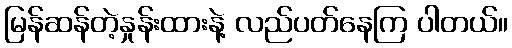
မြန်ဆန်တဲ့နှုန်းထားနဲ့ လည်ပတ်နေကြ ပါတယ်။